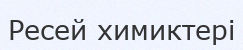
Ресей химиктері